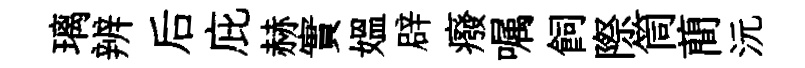
璃辨后庇赫實媪辟癈嘱飼際筒蕳沅